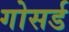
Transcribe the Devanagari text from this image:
गोसर्ड